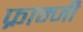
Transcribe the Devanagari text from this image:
फ्राम्जी